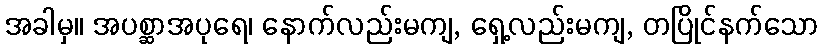
အခါမှ။ အပစ္ဆာအပုရေ၊ နောက်လည်းမကျ, ရှေ့လည်းမကျ, တပြိုင်နက်သော